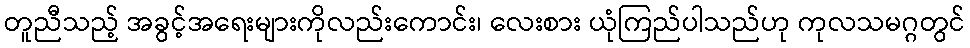
တူညီသည့် အခွင့်အရေးများကိုလည်းကောင်း၊ လေးစား ယုံကြည်ပါသည်ဟု ကုလသမဂ္ဂတွင်